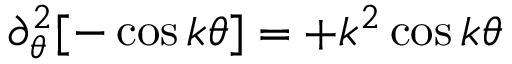
\partial _ { \theta } ^ { 2 } [ - \cos k \theta ] = + k ^ { 2 } \cos k \theta